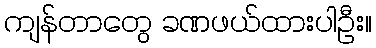
ကျန်တာတွေ ခဏဖယ်ထားပါဦး။